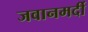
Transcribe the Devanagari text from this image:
जवानमर्दी